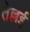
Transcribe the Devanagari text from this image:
तेल्लई